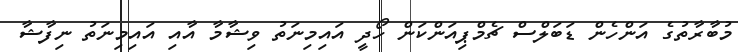
މުބާރާތުގެ އަންހެން ޑަބަލްސް ޗެމްޕިއަންކަން ހޯދީ އައިމިނަތު ވިޝާމާ އާއި އައިމިނަތު ނިފާޝާ